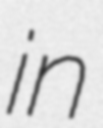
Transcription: in